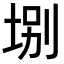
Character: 𡌀